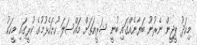
މިއަދު ޕީޖީން ނެރުނު ބަޔާނެއްގައި ބުނީ ޝަރީއަތަށް މައްސަލަ ހުށަހެޅުމުގެ ކުރީގައި މީހަކު